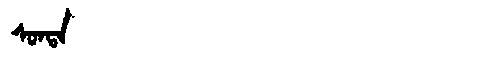
Manchu: ᠰᠣᠨᡨᠠ
Romanization: SONTA